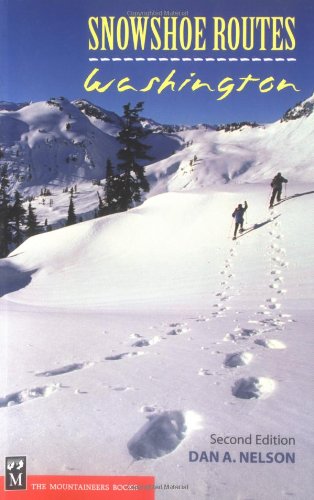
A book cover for Snowshoe Routes Washington; Dan A. Nelson; Travel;